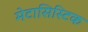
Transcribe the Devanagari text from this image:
मेटासिस्टिक